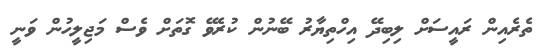
ތެރެއިން ރައީސަށް ލިބިދޭ އިހްތިޔާރު ބޭނުން ކުރެވޭ ގޮތަށް ވެސް މަޖިލީހުން ވަނީ